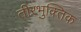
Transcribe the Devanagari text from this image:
तीरभुक्‍तिक